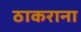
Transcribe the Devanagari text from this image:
ठाकराना